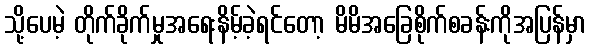
သို့ပေမဲ့ တိုက်ခိုက်မှုအရေးနိမ့်ခဲ့ရင်တော့ မိမိအခြေစိုက်စခန်းကိုအပြန်မှာ